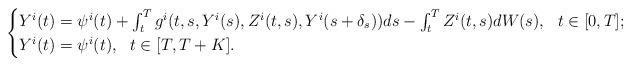
LaTeX: \begin{align*} \begin{cases} Y^{i}(t)=\psi^{i}(t) + \int_t^T g^{i}(t,s,Y^{i}(s),Z^{i}(t,s),Y^{i}(s+\delta_{s})) ds - \int_t^T Z^{i}(t,s) dW(s), \ \ t\in [0,T]; \\ Y^{i}(t)=\psi^{i}(t), \ \ t\in [T,T+K]. \end{cases}\end{align*}